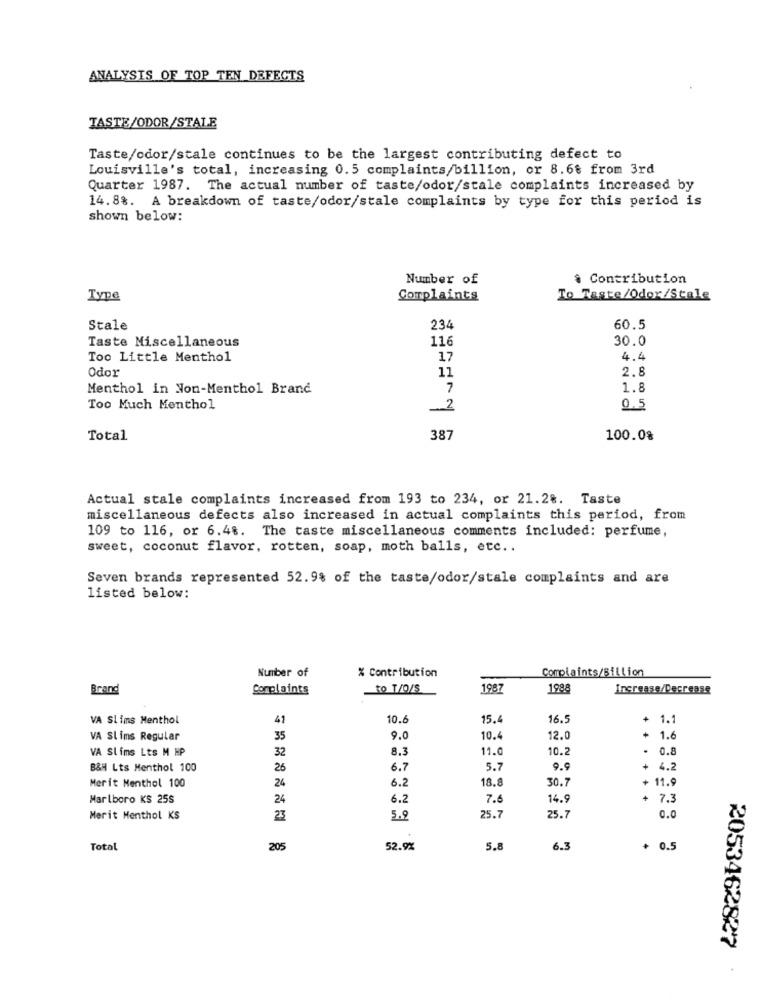
ANALYSIS OF TOP TEN DEFECTS
TASTE/ODOR/STALE
Taste/odor/stale continues to be the largest contributing defect to
Louisville's total, increasing 0.5 complaints/billion, or 8.68 from 3rd
Quarter 1987. The actual number of taste/odor/stale complaints increased by
14.88. A breakdown of taste/odor/stale complaints by type for this period is
shown below:
Number of
. Contribution
Type
Complaints
To Taste/Odor/Stale
Stale
234
60,5
Taste Miscellaneous
116
30.0
Too Little Menthol
17
4.4
Odor
11
2.8
Menthol in Non-Menthol Brand
7
1.8
Too Much Menthol
2
0.5
Total
387
100.0%
Actual stale complaints increased from 193 to 234, or 21.28. Taste
miscellaneous defects also increased in actual complaints this period, from
109 to 116, or 6.48. The taste miscellaneous comments included: perfume,
sweet, coconut flavor, rotten, soap, moth balls, etc ..
Seven brands represented 52.9% of the taste/odor/stale complaints and are
listed below:
Number of
% Contribution
Complaints/Billion
Brand
Complaints
To T/O/S
1987
1988
Increase/Decrease
VA Slims Menthol
41
10.6
15.4
16.5
+ 1.1
VA Slims Regular
35
9.0
10.
12.0
+ 1.6
VA Slims Lts M HP
32
8.3
11.0
10.2
.
0.8
B&H Lts Menthol 100
26
6.7
5.7
9.9
+ 4.2
Merit Menthol 100
24
6.2
18.
30.1
+ 11.9
Marlboro KS 25S
24
6.2
7.6
14.9
+ 7.3
Merit Menthol KS
23
5.9
25.7
25.7
0.0
Total
205
52.9%
5.8
6.3
+ 0.5
2053462827